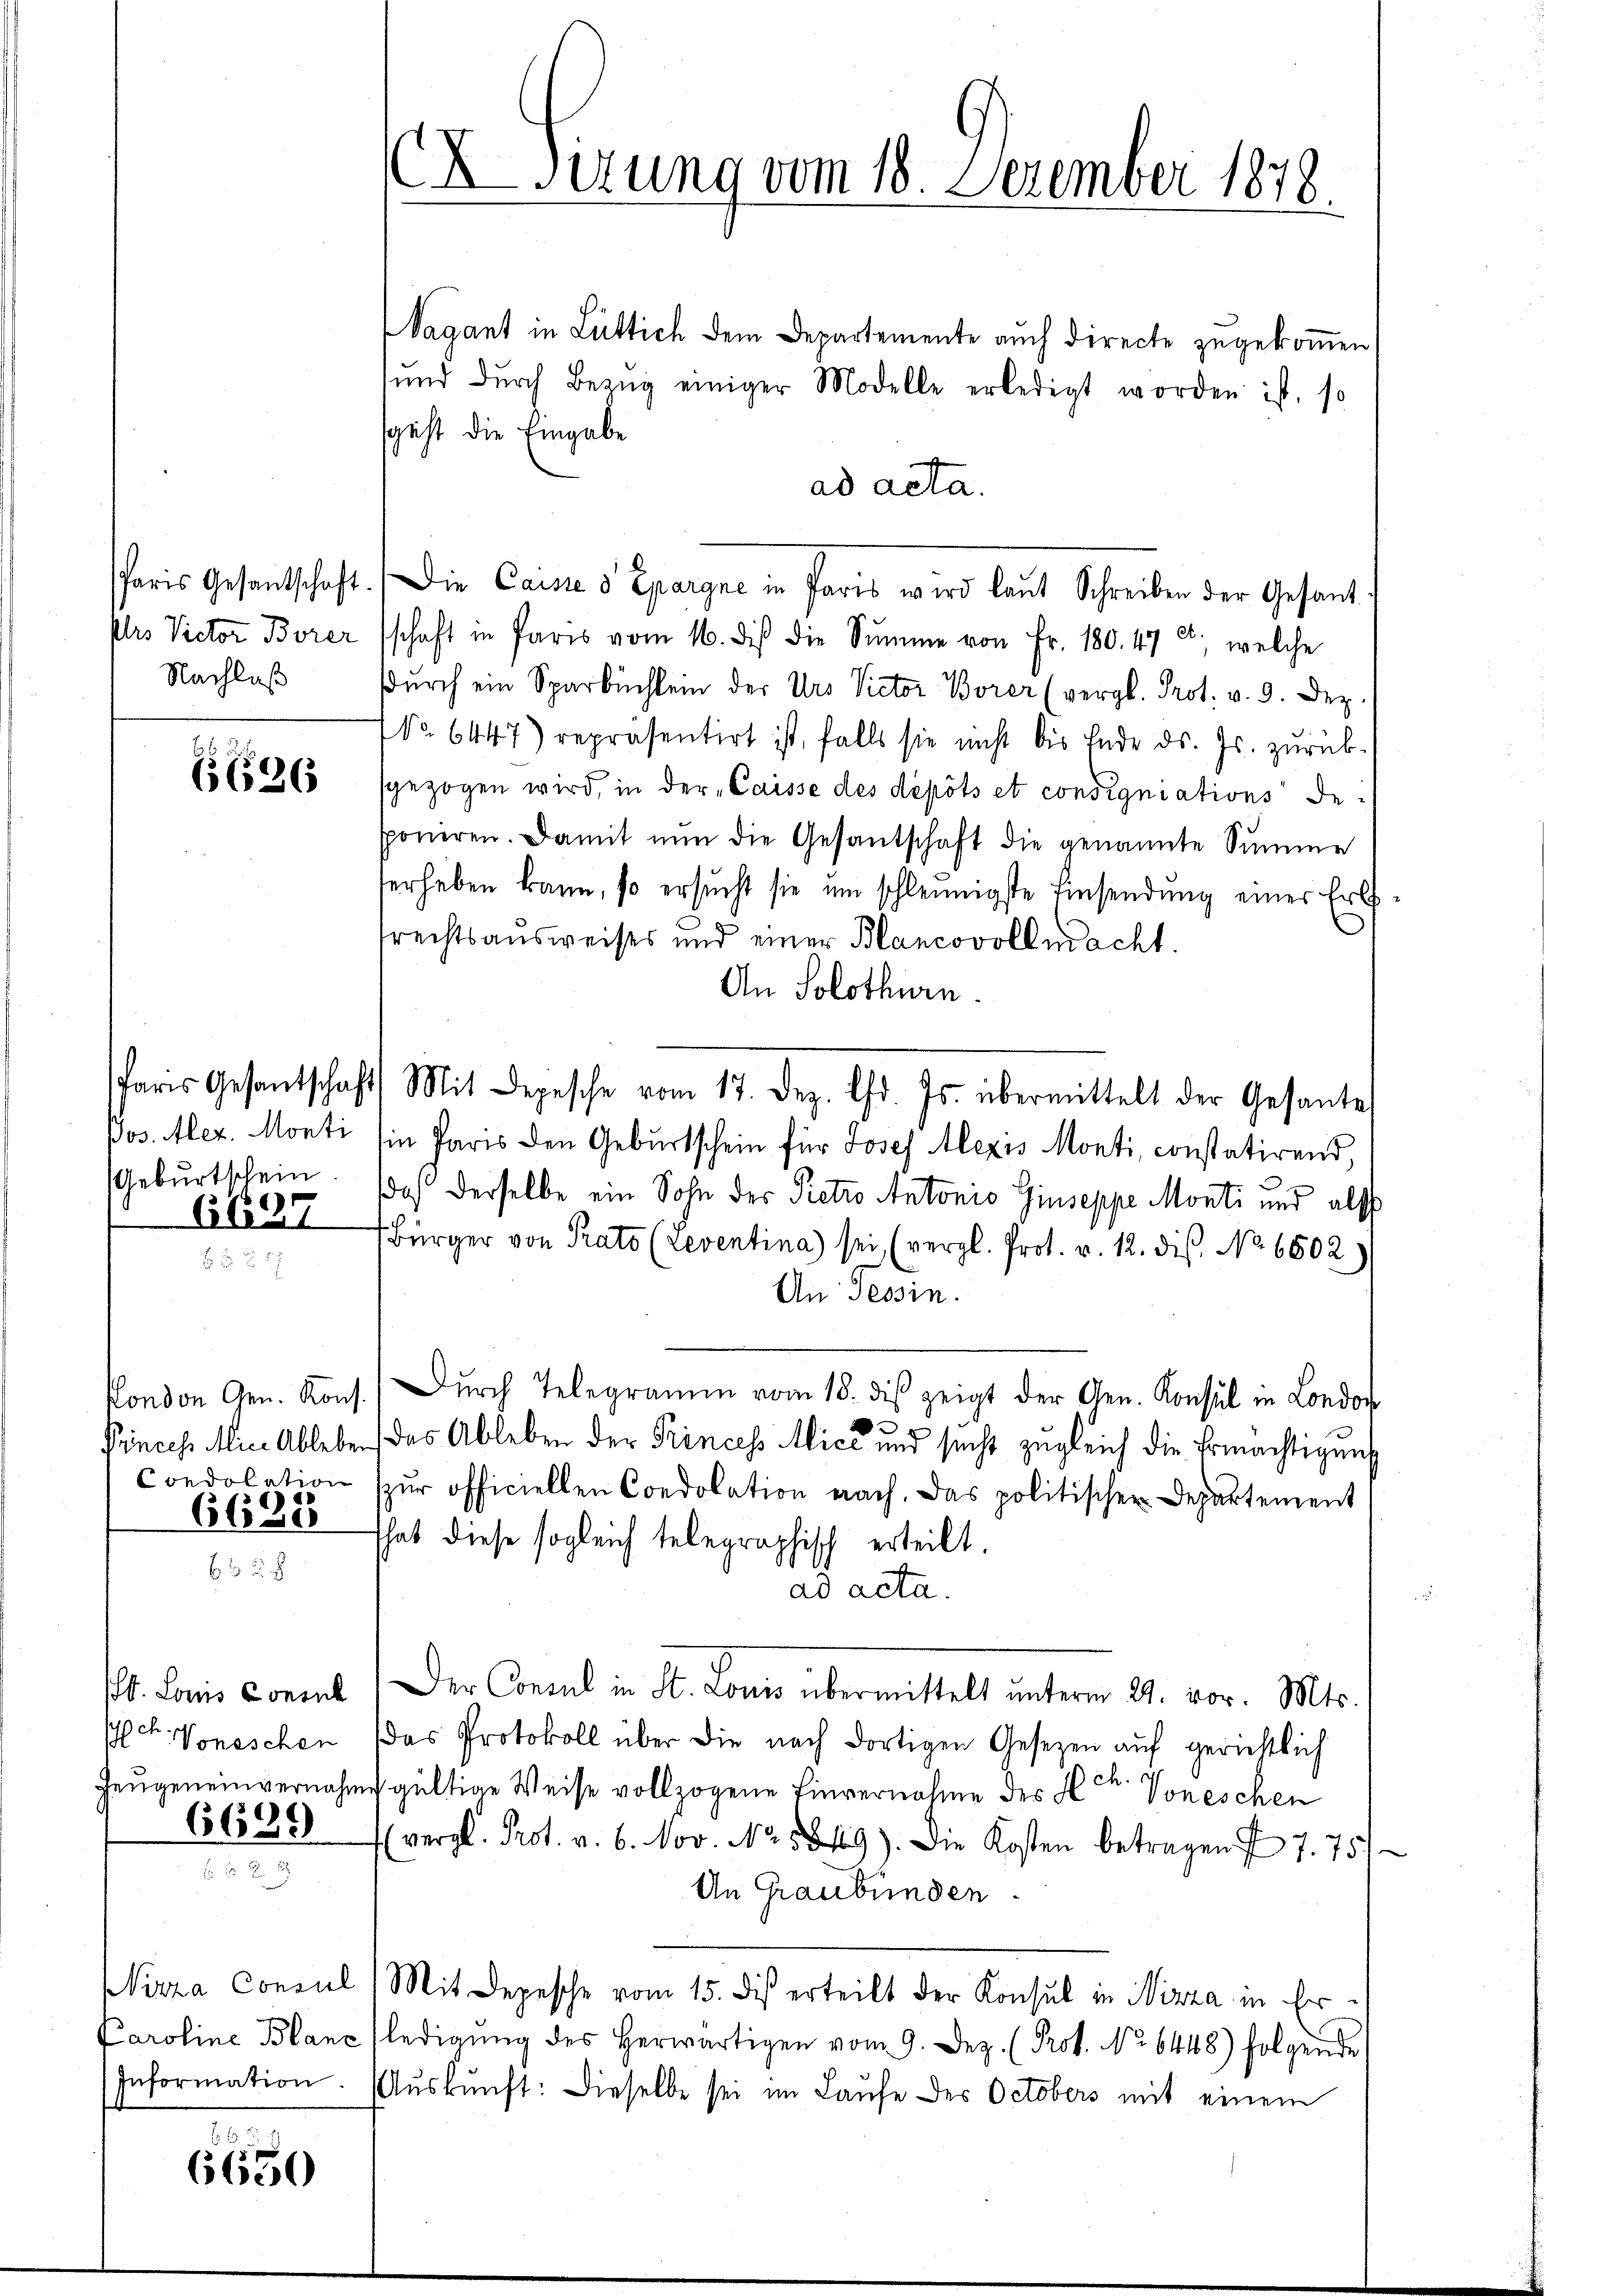
Nachlaß

65 (126

Geburtschein

6637

)
6630

6689

66
6650

x Sizung vom 18. Dezember 1878.

Wagant in Lüttich dem Departemente auch directe zugekoṁen
ŭnd dŭrch Bezŭg einiger Modelle erledigt worden ist, so
sgeht die Eingabe
ad acta.
Paris Gesantschaft. Die Caisie d Epargne in Paris wird laut Schreiben der Gesandples Victor Borersschaft in Paris vom 16. des die Summe von Fr. 180. 472, welche
dŭrch ein Sparbüchlein der Urs Victor Borer (vergl. Prot. v. 9. Dez.
NNo. 6447) repräsentirt ist, falls sie nicht bis Ende ds. Js. zŭrück-
sgezogen wird, in der „Caisse des depots et consigniations de-
poniren. Damit nun die Gesantschaft die genannte Summe
terheben kann, so ersŭcht sie um schleunigste Einsendung einer Erls-
rechtsausweises und einer Blancovollmacht.
An Solothurn.
Paris Gesantschaft Mit Depesche vom 17. Dez. Chr. Js. übermittelt der Gesante
Pos. Aler. Monti (in Paris den Geburtschein für Josef Alexis Monti, constatirend,
da derselbe ein Sohn der Pietro Antonio Giuseppe Monti und als
Bürger von Prato (Leventina) sei (vergl. Prot. v. 12. dis. No 6602)
An Tessin.
Kondon Gen. Kons. Dŭrch Telegramm vom 18. dβ zeigt der Gen. Konsul in London
e
Princes Mich Ableben, das Ableben der Princess Mice und sicht zŭgleich die Ermächtigung
condolation zŭr officiellen Condolation nach. Das politischer Departement
That diese sogleich telegraphisch erteilt.
ad acta.
. Lois Consul (Der Consul in St. Louis übermittelt ŭnterm 29. vor. Mts.
lt. Voneschen das Protokoll über die nach dortigen Gesetzen auf gerichtlich
Zeŭgeneinvernahme gültige Weise vollzogene Einvernahme des Hch. Voneschen
(vergl. Prot. v. 6. Nov. No. 5849). Die Kosten betragen I 7. 751
An Graubünden
Nizza Consul (Mit Depesche vom 15. dies erteilt der Konsul in Nizza in Er¬
Caroline Blanc (ledigŭng des herwärtigen vom 9. Dez. (Prof. No 6448) folgende
Information. Auskunft: Dieselbe sei im Laufe des Octobers mit einem